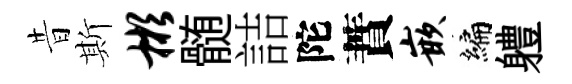
昔斯彬髄詰陀蕡嵌编軆